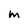
Character: M